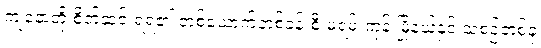
ကျနောတို့ စိတ်ဆင်းရဲရ၏ တစ်ယောက်တစ်ခန်းစီ မရမ်းကုန်းမြို့နယ်နှင့် သံစဉ်တစ်ခု